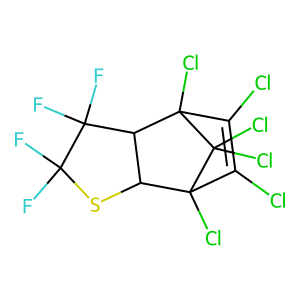
SMILES: FC1(F)SC2C(C1(F)F)C1(Cl)C(Cl)=C(Cl)C2(Cl)C1(Cl)Cl
Inhibits HIV replication: No